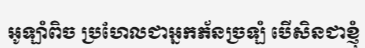
អូឡាំពិច ប្រហែលជាអ្នកភ័នច្រឡំ បើសិនជាខ្ញុំ